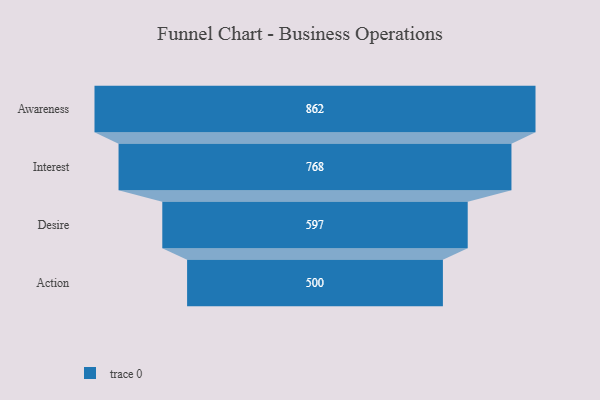
{"axis": {"x": "Stage", "y": "Value"}, "legend": [""], "data": [{"x": "Awareness", "y": 862.0, "type": ""}, {"x": "Interest", "y": 768.0, "type": ""}, {"x": "Desire", "y": 597.0, "type": ""}, {"x": "Action", "y": 500, "type": ""}]}